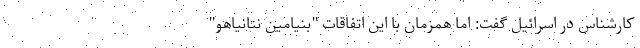
کارشناس در اسرائیل گفت: اما همزمان با این اتفاقات "بنیامین نتانیاهو"